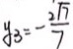
y _ { 3 } = - \frac { 2 \sqrt { 7 } } { 7 }